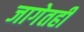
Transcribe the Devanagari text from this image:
जागेतही